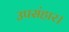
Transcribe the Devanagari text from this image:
उपसंहार।